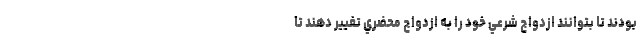
بودند تا بتوانند ازدواج شرعي خود را به ازدواج محضري تغيير دهند تا